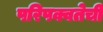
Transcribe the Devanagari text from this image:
परिपक्वतेची